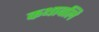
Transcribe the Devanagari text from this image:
कथावलि